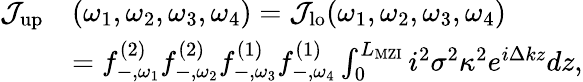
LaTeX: \begin{array}{rl}{\mathcal{J}_{\mathrm{up}}}&{(\omega_{1},\omega_{2},\omega_{3},\omega_{4})=\mathcal{J}_{\mathrm{lo}}(\omega_{1},\omega_{2},\omega_{3},\omega_{4})}\\ &{={f}_{-,\omega_{1}}^{\mathrm{(2)}}{f}_{-,\omega_{2}}^{\mathrm{(2)}}{f}_{-,\omega_{3}}^{\mathrm{(1)}}{f}_{-,\omega_{4}}^{\mathrm{(1)}}\int_{0}^{L_{\mathrm{MZI}}}i^{2}\sigma^{2}\kappa^{2}e^{i\Delta kz}dz,}\end{array}